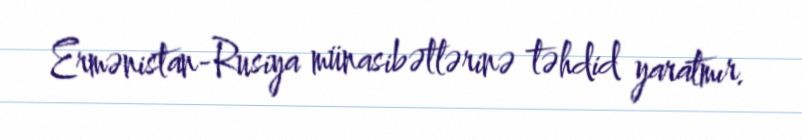
Ermənistan-Rusiya münasibətlərinə təhdid yaratmır.